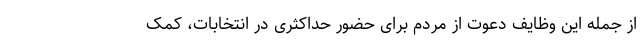
از جمله این وظایف دعوت از مردم برای حضور حداکثری در انتخابات، کمک